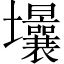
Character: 𡔒